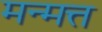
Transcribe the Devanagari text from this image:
मन्मत्त